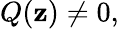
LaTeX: Q(\mathbf{z})\neq0,